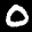
Label: 0